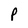
Character: f